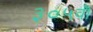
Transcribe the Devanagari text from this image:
३०५वॉ